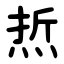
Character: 焎